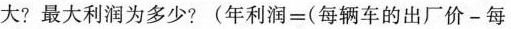
大?最大利润为多少?($$年 利 润 = ( 每 辆 车 的 出 厂 价 - 每$$